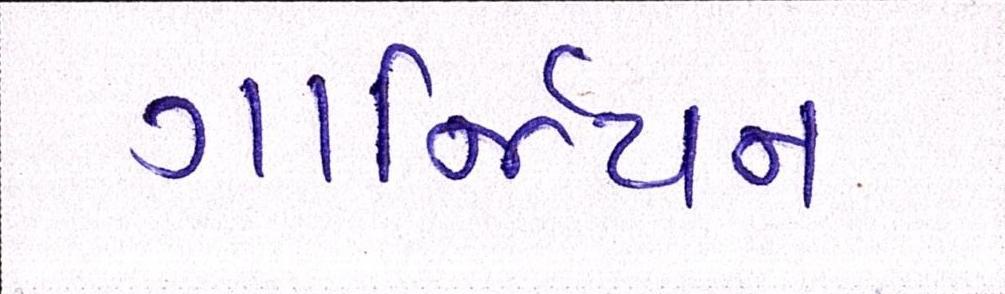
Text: ગાર્જિયન